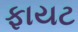
ફાયટ